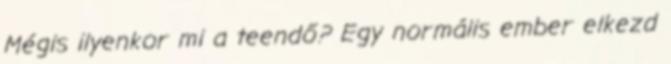
Mégis ilyenkor mi a teendő? Egy normális ember elkezd